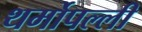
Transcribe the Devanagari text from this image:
थर्मोपल्ली